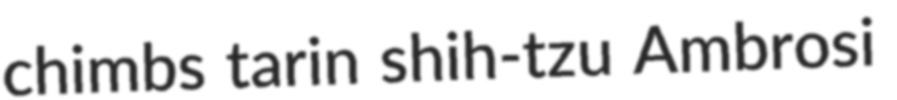
chimbs tarin shih-tzu Ambrosi